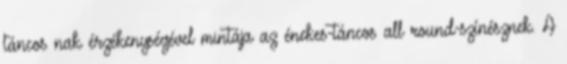
táncos nak érzékenységével mintája az énekes-táncos all round-színésznek. A